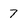
Character: 7